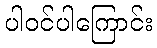
ပါဝင်ပါကြောင်း